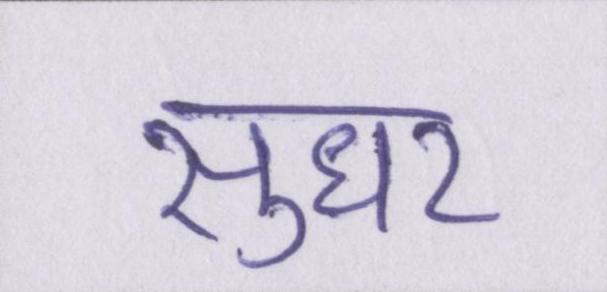
सुधर